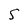
Character: S